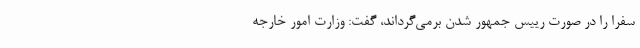
سفرا را در صورت رییس جمهور شدن برمی‌گرداند، گفت: وزارت امور خارجه